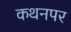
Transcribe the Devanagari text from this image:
कथनपर